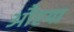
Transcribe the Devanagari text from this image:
औरया